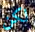
لكن